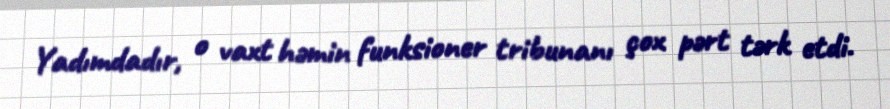
Yadımdadır, o vaxt həmin funksioner tribunanı çox pərt tərk etdi.